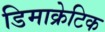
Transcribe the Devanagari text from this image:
डिमाक्रेटिक